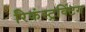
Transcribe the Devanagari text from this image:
रिकंस्ट्रक्टिंग